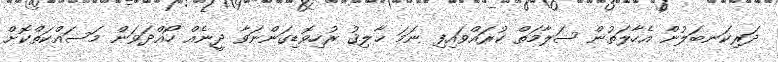
ދަރިކަނބަލުން އެހާލަތުން ސަލާމަތް ކުރައްވައިފި ނަމަ ޚާލިޤު ރުހިވޮޑިގަންނަވާ ދީނެއް ހޯއްދަވަން މަސައްކަތްކޮށް